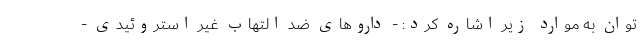
توان به موارد زیر اشاره کرد: - داروهای ضد التهاب غیر استروئیدی -